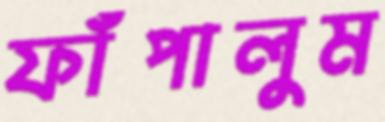
ফাঁপালুম